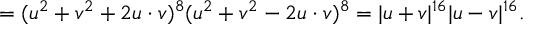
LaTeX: = ( u ^ { 2 } + v ^ { 2 } + 2 u \cdot v ) ^ { 8 } ( u ^ { 2 } + v ^ { 2 } - 2 u \cdot v ) ^ { 8 } = | u + v | ^ { 1 6 } | u - v | ^ { 1 6 } .